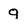
Character: q